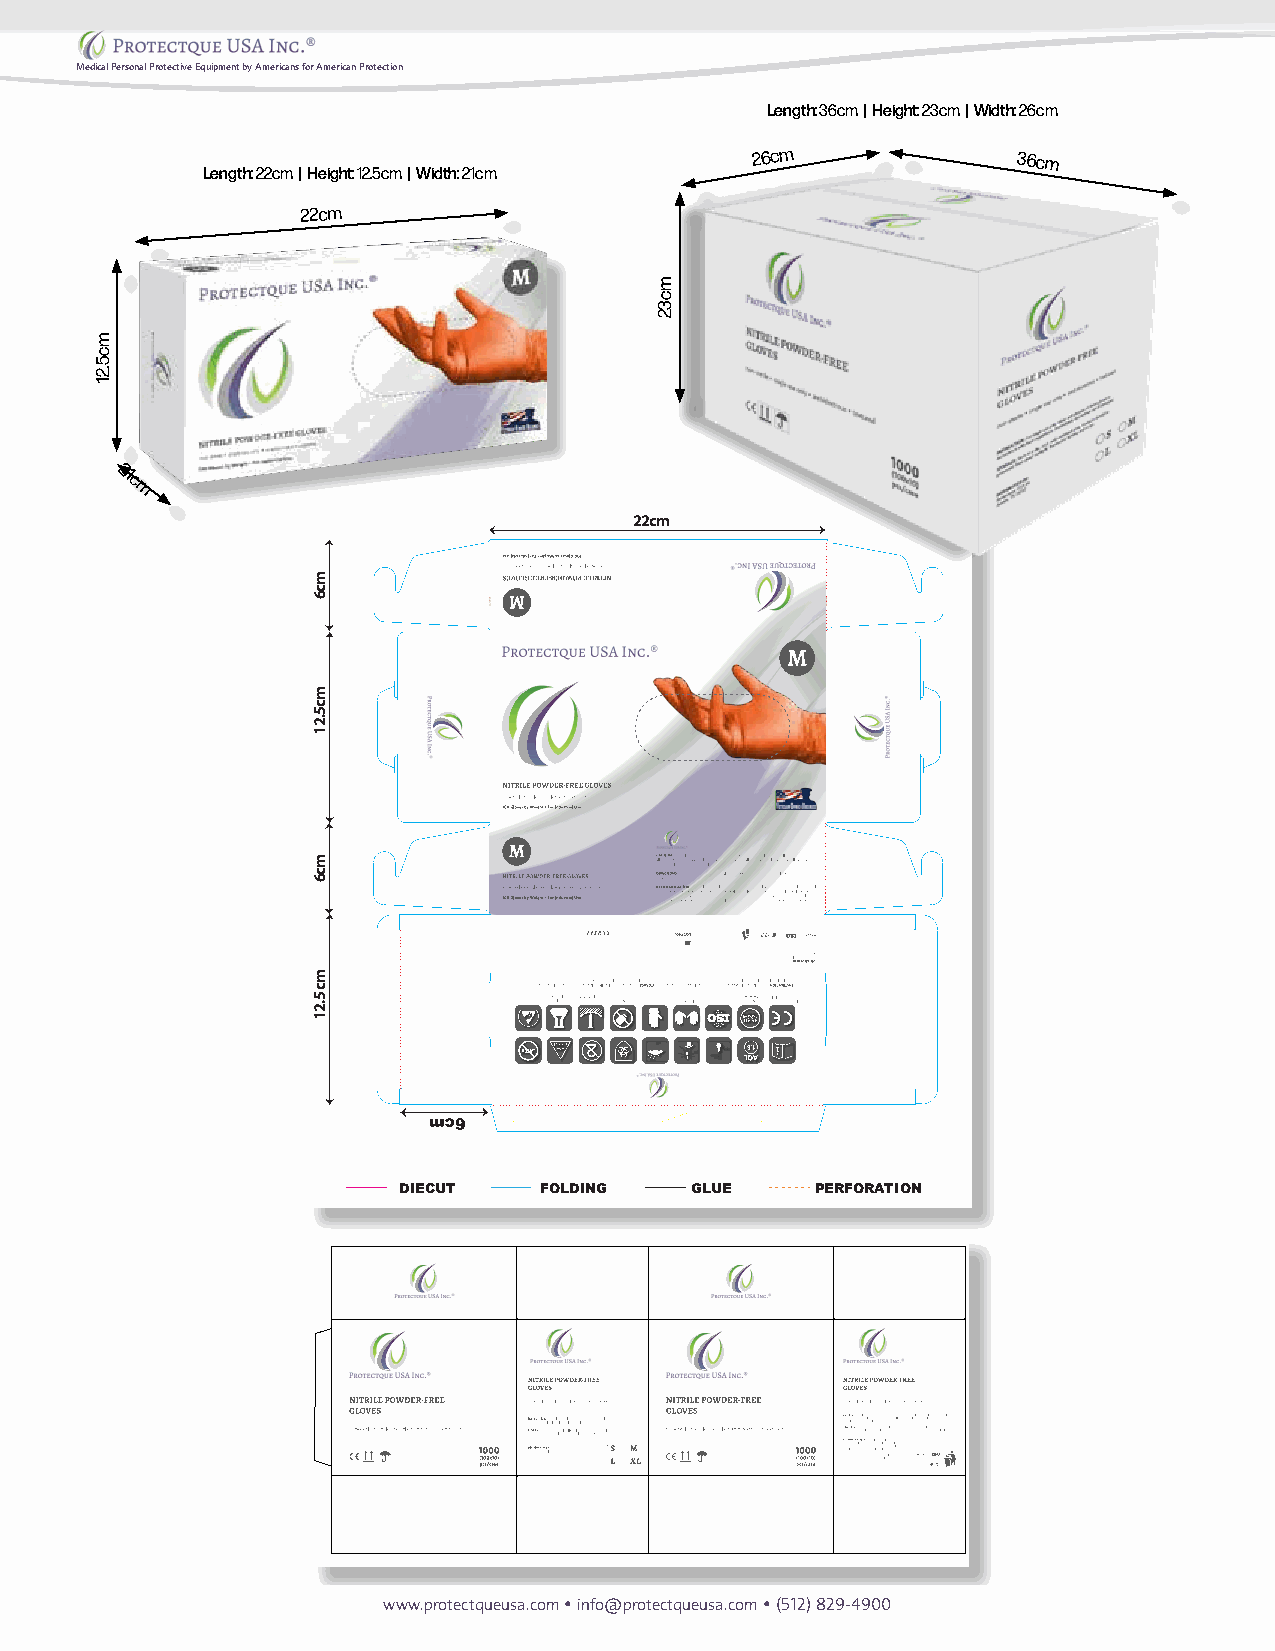
Medical Personal Protective Equipment by Americans for American Protection
 Length: 36cm | Height: 23cm | Width: 26cm
 26cm
 36cm
 Length: 22cm | Height: 12.5cm | Width: 21cm
 22cm
 21c
 m
 22cm
 DIECUT    FOLDING   GLUE    PERFORATION
 www.protectqueusa.com • info@protectqueusa.com • (512) 829-4900
 mc5.21
 mc6
 mc5.21
 mc6
 mc
 5.21
 mc32